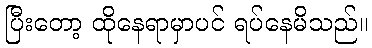
ပြီးတော့ ထိုနေရာမှာပင် ရပ်နေမိသည်။